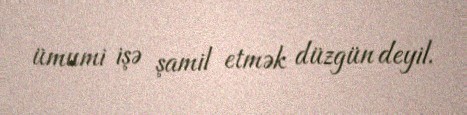
ümumi işə şamil etmək düzgün deyil.